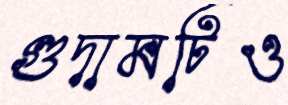
গুদামটিও